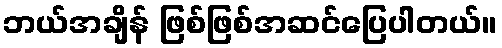
ဘယ်အချိန် ဖြစ်ဖြစ်အဆင်ပြေပါတယ်။